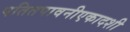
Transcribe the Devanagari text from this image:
पतितपावनीएकादशी